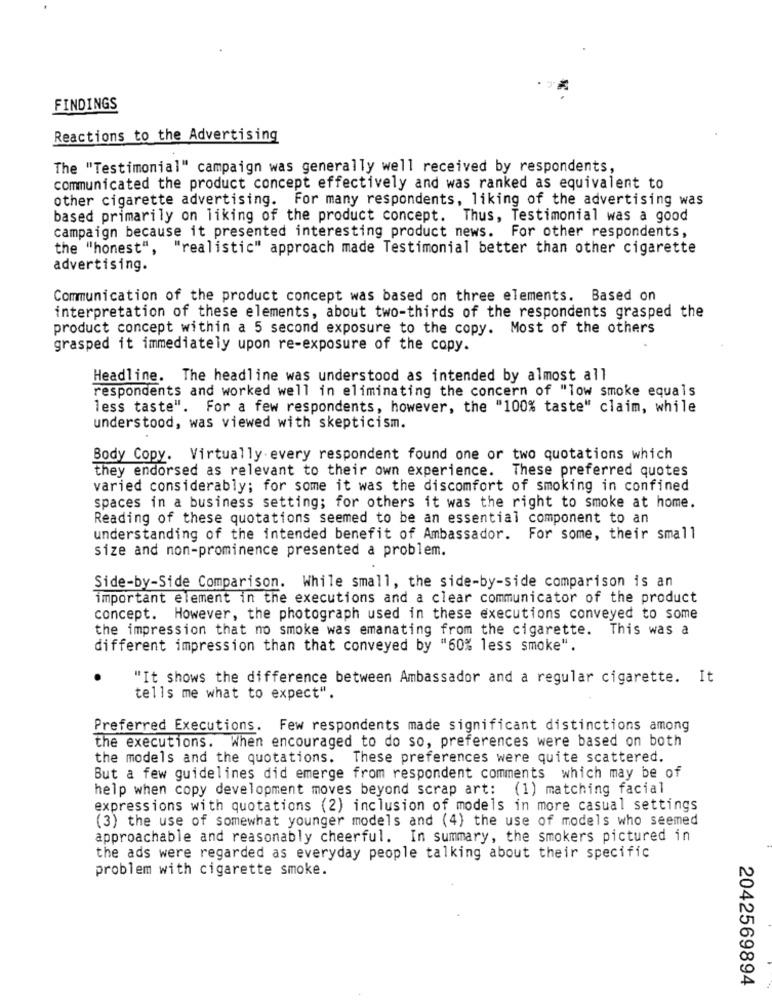
FINDINGS
Reactions to the Advertising
The "Testimonial" campaign was generally well received by respondents,
communicated the product concept effectively and was ranked as equivalent to
other cigarette advertising. For many respondents, liking of the advertising was
based primarily on liking of the product concept. Thus, Testimonial was a good
campaign because it presented interesting product news. For other respondents,
the "honest", "realistic" approach made Testimonial better than other cigarette
advertising.
Communication of the product concept was based on three elements. Based on
interpretation of these elements, about two-thirds of the respondents grasped the
product concept within a 5 second exposure to the copy. Most of the others
grasped it immediately upon re-exposure of the copy.
Headline. The headline was understood as intended by almost all
respondents and worked well in eliminating the concern of "low smoke equals
less taste". For a few respondents, however, the "100% taste" claim, while
understood, was viewed with skepticism.
Body Copy. Virtually every respondent found one or two quotations which
they endorsed as relevant to their own experience. These preferred quotes
varied considerably; for some it was the discomfort of smoking in confined
spaces in a business setting; for others it was the right to smoke at home.
Reading of these quotations seemed to be an essential component to an
understanding of the intended benefit of Ambassador. For some, their small
size and non-prominence presented a problem.
Side-by-Side Comparison. While small, the side-by-side comparison is an
important element in the executions and a clear communicator of the product
concept. However, the photograph used in these executions conveyed to some
the impression that no smoke was emanating from the cigarette.
This was a
different impression than that conveyed by "60% less smoke".
"It shows the difference between Ambassador and a regular cigarette. It
tells me what to expect".
Preferred Executions. Few respondents made significant distinctions among
the executions. When encouraged to do so, preferences were based on both
the models and the quotations.
These preferences were quite scattered.
But a few guidelines did emerge from respondent comments which may be of
help when copy development moves beyond scrap art: (1) matching facial
expressions with quotations (2) inclusion of models in more casual settings
(3) the use of somewhat younger models and (4) the use of models who seemed
approachable and reasonably cheerful. In summary, the smokers pictured in
the ads were regarded as everyday people talking about their specific
problem with cigarette smoke.
2042569894